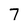
Character: 7